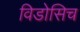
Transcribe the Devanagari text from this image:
विडोसिच